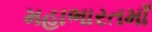
મહાભારતમાઁ